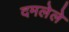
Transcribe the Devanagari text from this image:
दमलेले